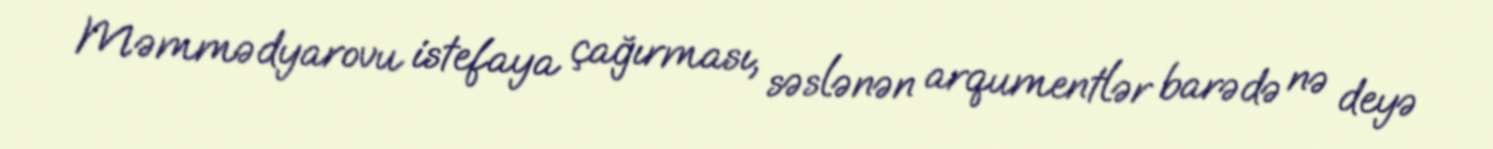
Məmmədyarovu istefaya çağırması, səslənən arqumentlər barədə nə deyə